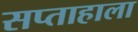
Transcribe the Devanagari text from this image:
सप्ताहाला